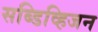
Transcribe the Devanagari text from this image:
सब्डिव्हिजन